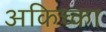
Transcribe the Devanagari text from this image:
अकिच्का